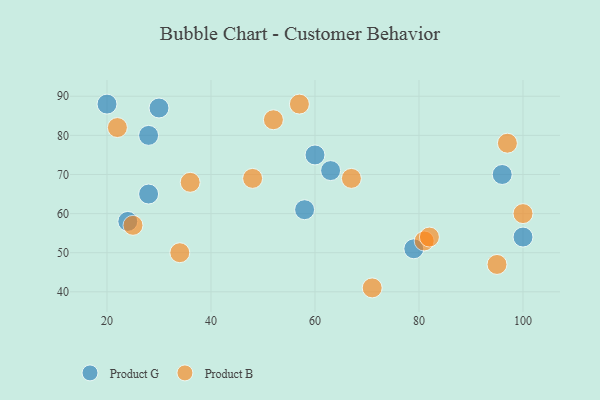
{"axis": {"x": "GDP", "y": "Life Expectancy"}, "legend": ["Product B", "Product G"], "data": [{"x": "63", "y": 71, "type": "Product G"}, {"x": "30", "y": 87, "type": "Product G"}, {"x": "79", "y": 51, "type": "Product G"}, {"x": "24", "y": 58, "type": "Product G"}, {"x": "100", "y": 54, "type": "Product G"}, {"x": "58", "y": 61, "type": "Product G"}, {"x": "96", "y": 70, "type": "Product G"}, {"x": "28", "y": 80, "type": "Product G"}, {"x": "20", "y": 88, "type": "Product G"}, {"x": "28", "y": 65, "type": "Product G"}, {"x": "60", "y": 75, "type": "Product G"}, {"x": "71", "y": 41, "type": "Product B"}, {"x": "22", "y": 82, "type": "Product B"}, {"x": "52", "y": 84, "type": "Product B"}, {"x": "100", "y": 60, "type": "Product B"}, {"x": "34", "y": 50, "type": "Product B"}, {"x": "67", "y": 69, "type": "Product B"}, {"x": "57", "y": 88, "type": "Product B"}, {"x": "97", "y": 78, "type": "Product B"}, {"x": "36", "y": 68, "type": "Product B"}, {"x": "48", "y": 69, "type": "Product B"}, {"x": "81", "y": 53, "type": "Product B"}, {"x": "82", "y": 54, "type": "Product B"}, {"x": "25", "y": 57, "type": "Product B"}, {"x": "95", "y": 47, "type": "Product B"}]}